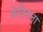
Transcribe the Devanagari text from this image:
केबिनला